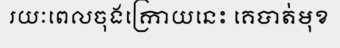
រយៈពេលចុងក្រោយនេះ គេបាត់មុខ